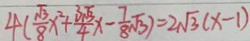
4 ( \frac { \sqrt { 3 } } { 8 } x ^ { 2 } + \frac { 3 \sqrt { 3 } } { 4 } x - \frac { 7 } { 8 } \sqrt { 3 } ) = 2 \sqrt { 3 } ( x - 1 )